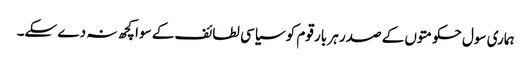
ہماری سول حکومتوں کے صدر ہر بار قوم کو سیاسی لطائف کے سوا کچھ نہ دے سکے۔